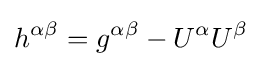
h^{\alpha \beta }=g^{\alpha \beta }-U^{\alpha }U^{\beta }